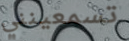
تسمعينني